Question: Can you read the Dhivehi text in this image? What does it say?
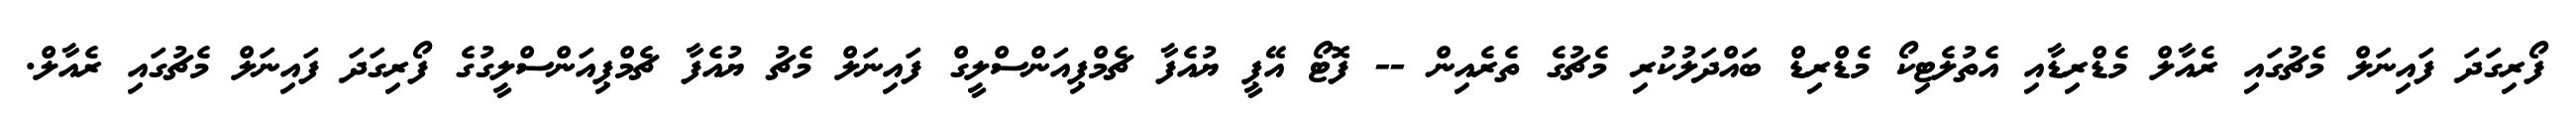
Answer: ފޯރިގަދަ ފައިނަލް މެޗުގައި ރެއާލް މެޑްރިޑާއި އެތުލެޓިކޯ މެޑްރިޑް ބައްދަލުކުރި މެޗުގެ ތެރެއިން -- ފޮޓޯ އޭޕީ ޔުއެފާ ޗެމްޕިއަންސްލީގް ފައިނަލް މެޗު ޔުއެފާ ޗެމްޕިއަންސްލީގުގެ ފޯރިގަދަ ފައިނަލް މެޗުގައި ރެއާލް.